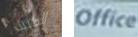
الطبيب Office